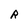
Character: R